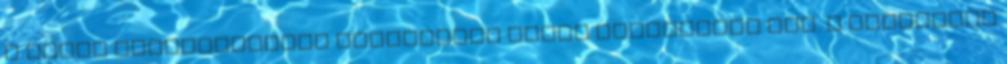
a többi fejlesztéshez illeszkedõ térkõ burkolatot kap. A belvárosi